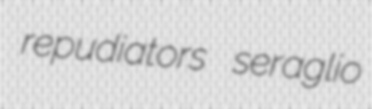
repudiators seraglio